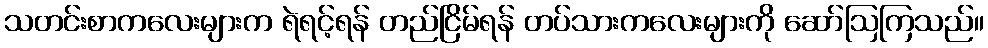
သတင်းစာကလေးများက ရဲရင့်ရန် တည်ငြိမ်ရန် တပ်သားကလေးများကို ဆော်ဩကြသည်။